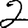
Digit: 2